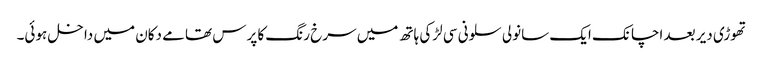
تھوڑی دیر بعد اچانک ایک سانولی سلونی سی لڑکی ہاتھ میں سرخ رنگ کا پرس تھامے دکان میں داخل ہوئی۔